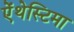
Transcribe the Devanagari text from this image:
ऐंथेस्टिमा